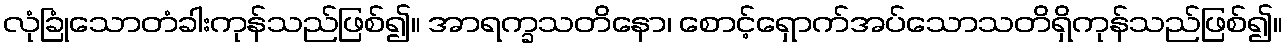
လုံခြုံသောတံခါးကုန်သည်ဖြစ်၍။ အာရက္ခသတိနော၊ စောင့်ရှောက်အပ်သောသတိရှိကုန်သည်ဖြစ်၍။